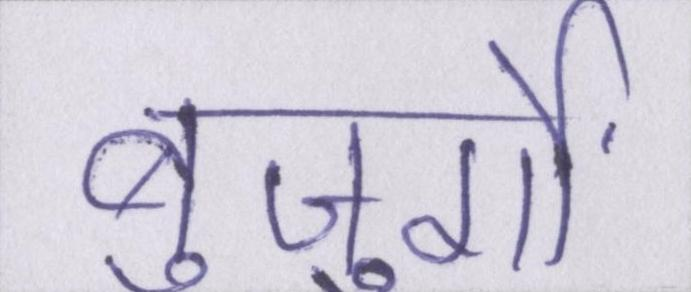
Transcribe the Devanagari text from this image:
बुजुर्गों